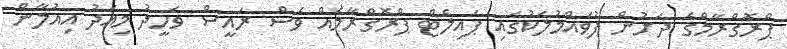
ޕްރޮގްރާމްގެ ދަށުން ފުވައްމުލަކުގައި ޕައިލެޓް ޕްރޮގްރާމެއް ވެސް ރައީސް ވަހީދު މިއަދު އިއުލާން